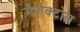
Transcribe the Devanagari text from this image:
गैलेक्टोस